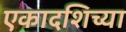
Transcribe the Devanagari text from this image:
एकादशिच्या